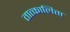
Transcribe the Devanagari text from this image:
तात्कालिता